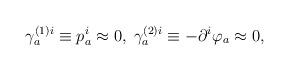
LaTeX: \begin{align*}\gamma _{a}^{(1)i}\equiv p_{a}^{i}\approx 0,\;\gamma _{a}^{(2)i}\equiv-\partial ^{i}\varphi _{a}\approx 0, \end{align*}